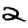
Digit: 2